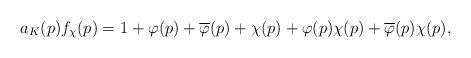
LaTeX: \begin{align*}a_{K}(p)f_{\chi}(p)=1+\varphi(p)+\overline{\varphi}(p)+\chi(p)+\varphi(p)\chi(p)+\overline{\varphi}(p)\chi(p),\end{align*}